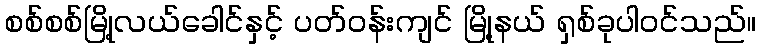
စစ်စစ်မြို့လယ်ခေါင်နှင့် ပတ်ဝန်းကျင် မြို့နယ် ရှစ်ခုပါဝင်သည်။